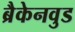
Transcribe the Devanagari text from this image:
ब्रैकेनवुड